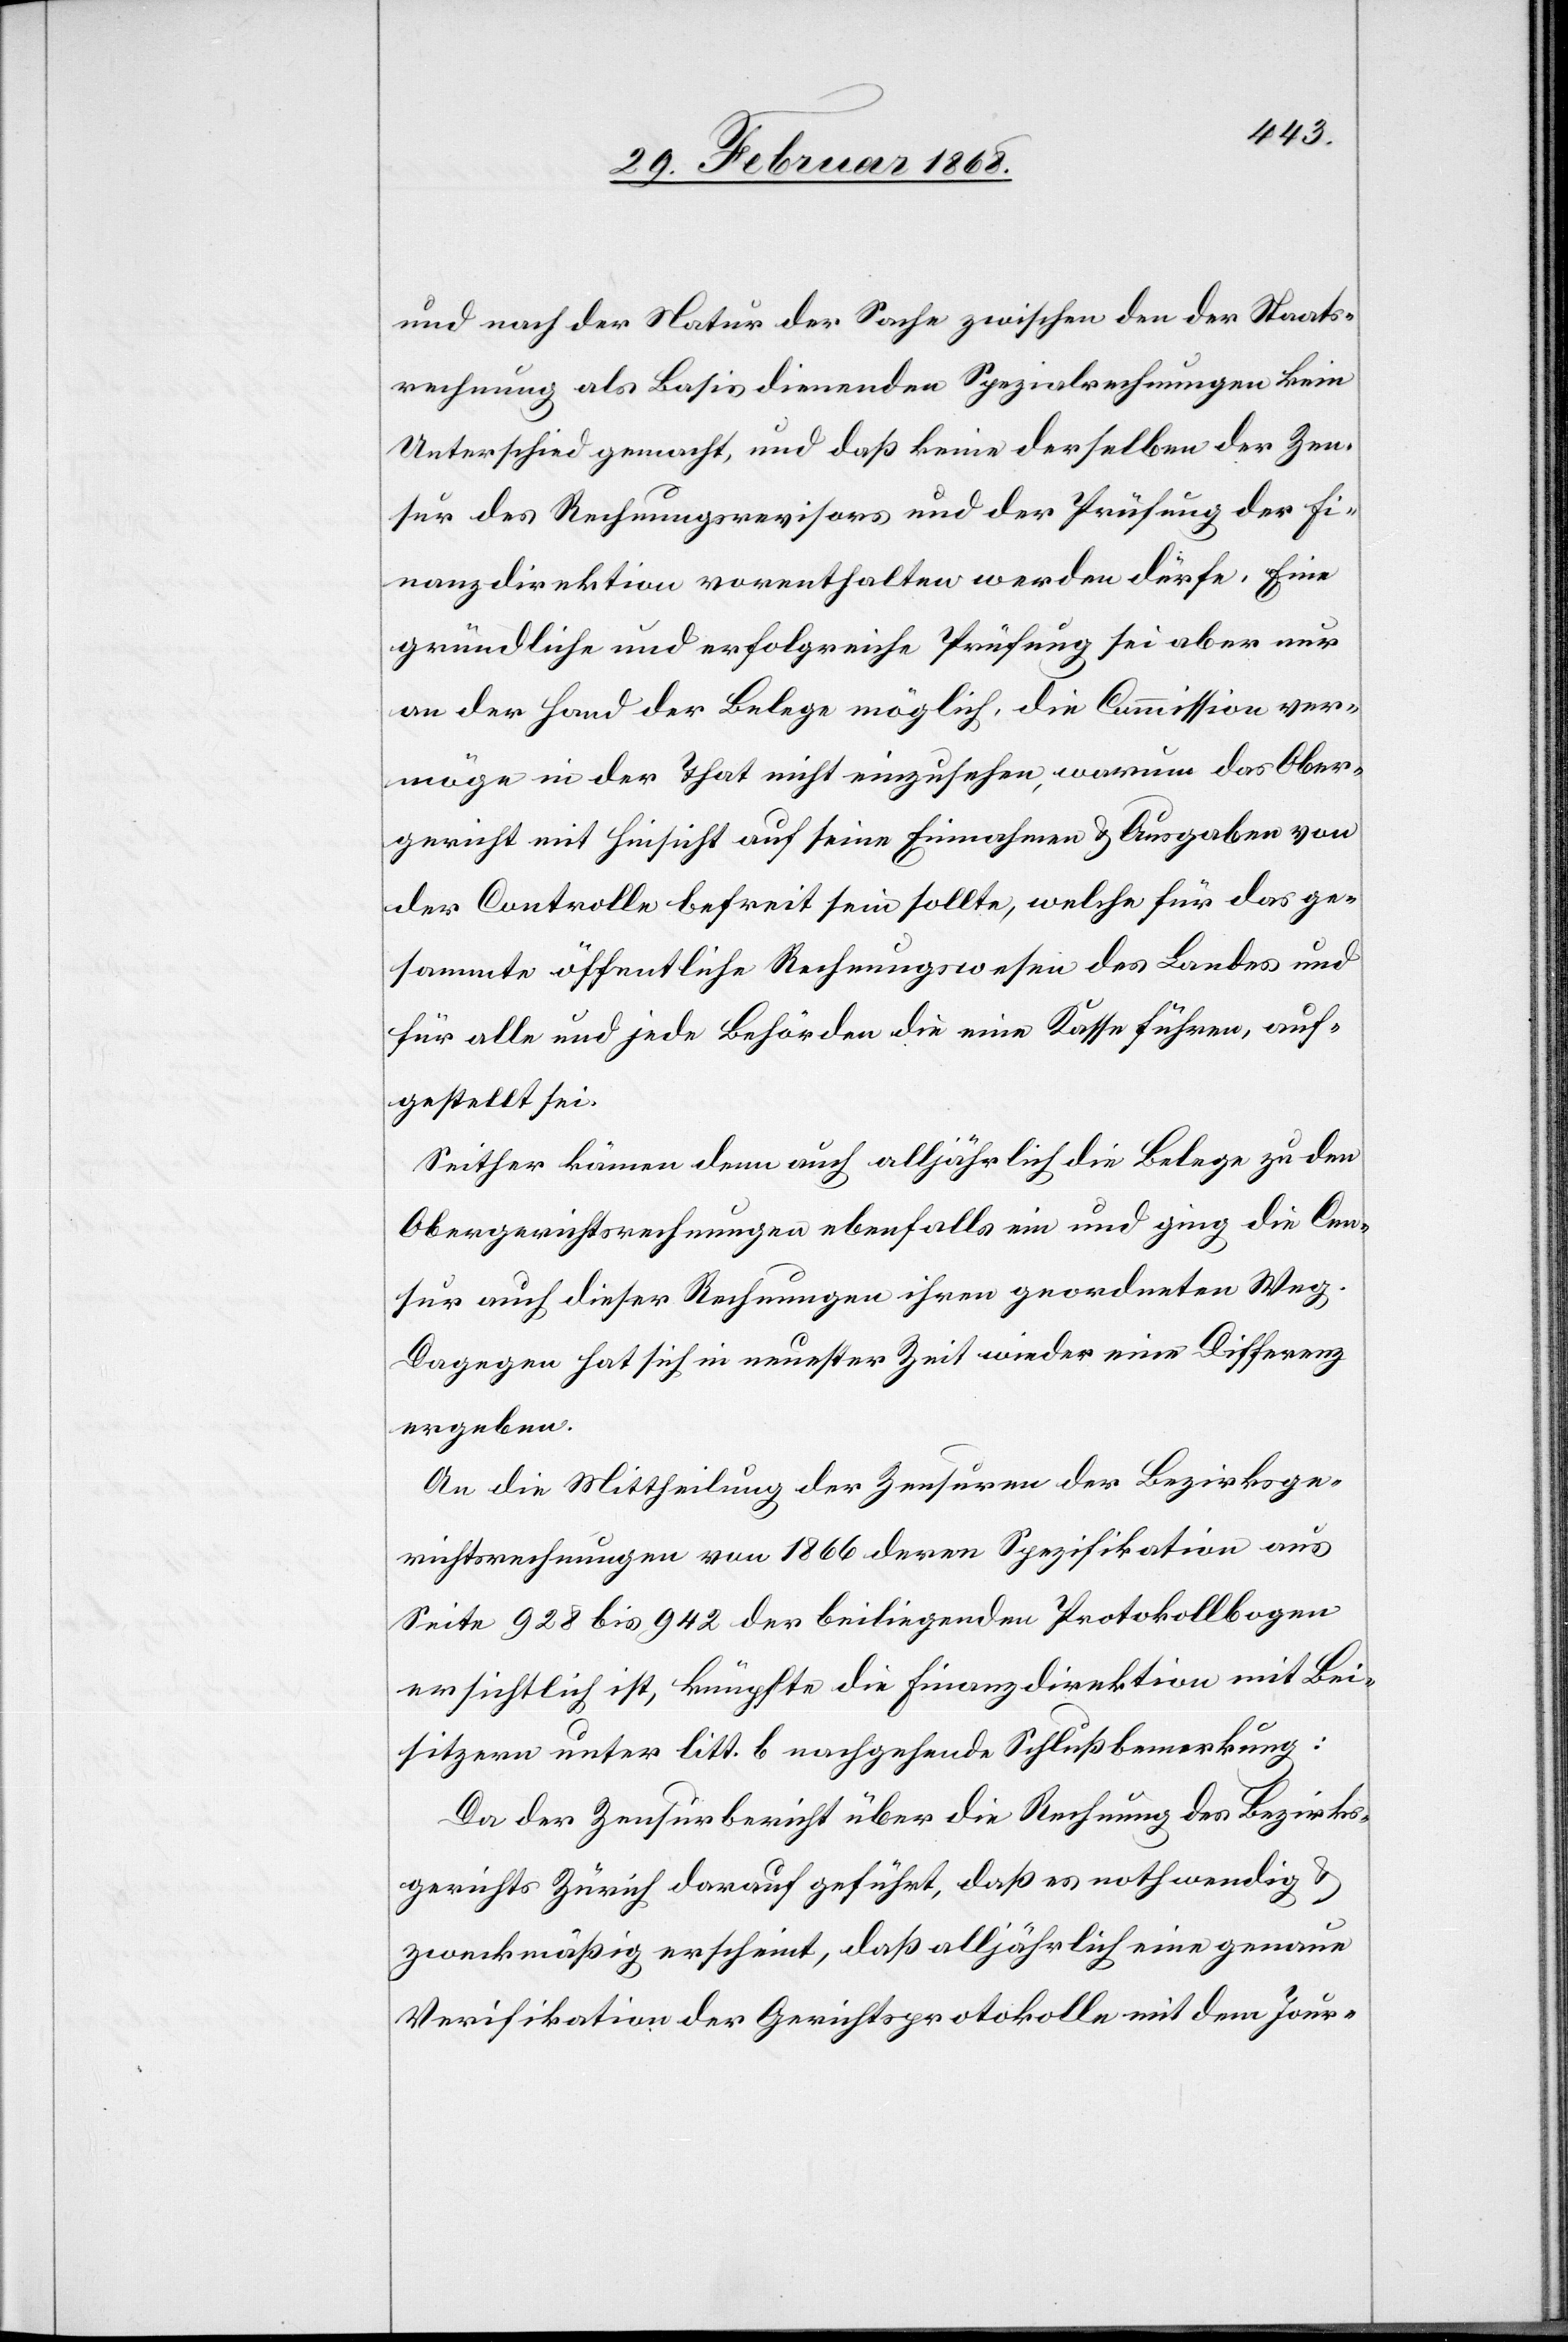
und nach der Natur der Sache zwischen den der Staats¬
rechnung als Basis dienenden Spezialrechnungen kein
Unterschied gemacht, und daß keine derselben der Zen¬
sur des Rechnungsrevisors und der Prüfung der Fi¬
nanzdirektion vorenthalten werden dürfe. Eine
gründliche und erfolgreiche Prüfung sei aber nur
an der Hand der Belege möglich, die Commission ver¬
möge in der That nicht einzusehen, warum das Ober¬
gericht mit Hinsicht auf seine Einnahmen & Ausgaben von
der Controlle befreit sein sollte, welche für das ge¬
sammte öffentliche Rechnungswesen des Landes und
für alle und jede Behörden die eine Kasse führen, auf¬
gestellt sei.
Seither kämen denn auch alljährlich die Belege zu den
Obergerichtsrechnungen ebenfalls ein und ging die Cen¬
sur auch dieser Rechnungen ihren geordneten Weg.
Dagegen hat sich in neuester Zeit wieder eine Differenz
ergeben.
An die Mittheilung der Zensuren der Bezirksge¬
richtsrechnungen von 1866 deren Spezifikation aus
Seite 928 bis 942 der beiliegenden Protokollbogen
ersichtlich ist, knüpfte die Finanzdirektion mit Bei¬
sitzern unter litt. b nachgehende Schlußbemerkung:
Da der Zensurbericht über die Rechnung des Bezirks¬
gerichts Zürich darauf geführt, daß es nothwendig &
zweckmäßig erscheint, daß alljährlich eine genaue
Verifikation der Gerichtsprotokolle mit dem Jour-